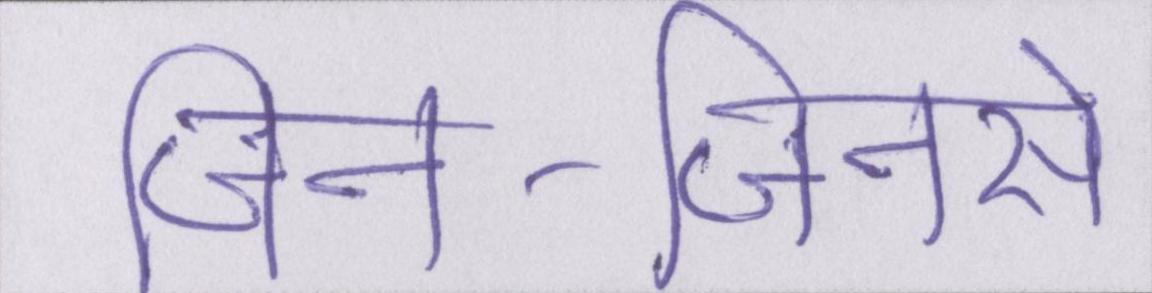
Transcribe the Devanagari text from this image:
जिन-जिनसे